Report on the Civil Veterinary Department, Eastern Bengal and Assam - 1907-1911
Year: 1907
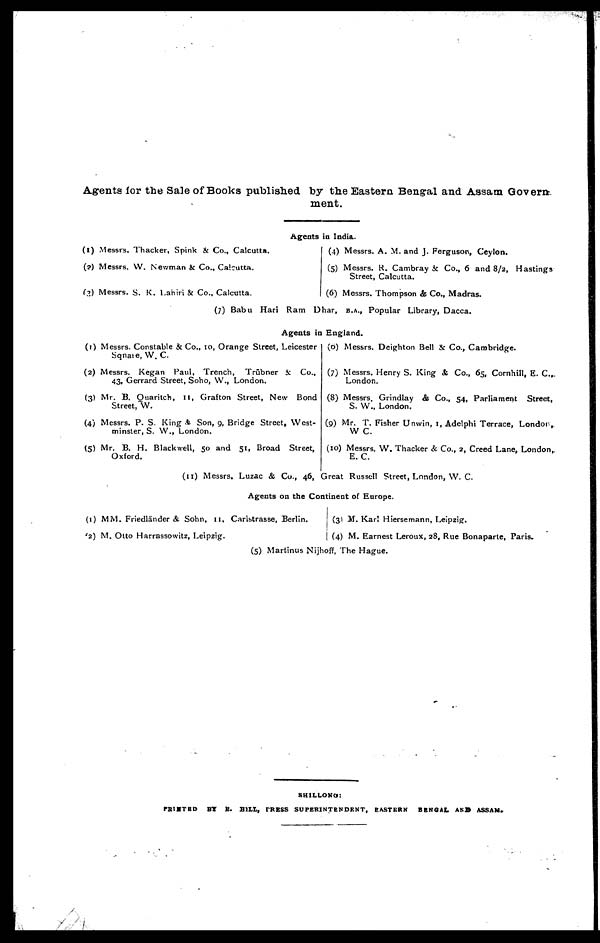
Agents for the Sale of Books published by the Eastern Bengal and Assam Govern
ment.
Agents in India.
(l) Messrs. Thacker, Spink & Co., Calcutta.
(2) Messrs. W. Newman & Co., Calcutta.
(3) Messrs. S. K. Lahiri & Co., Calcutta.
(4) Messrs. A. M. and J. Ferguson, Ceylon.
(5) Messrs. R. Cambray & Co., 6 and 8/2, Hastings
Street, Calcutta.
(6) Messrs. Thompson & Co., Madras.
(7) Babu Hari Ram Dhar, B.A., Popular Library, Dacca.
Agents in England.
Agents in England.
(1) Messrs. Constable & Co., 10, Orange Street, Leicester
Sqnare, W. C.
(2) Messrs. Kegan Paul, Trench, Trübner & Co.,
43. Gerrard Street, Soho, W., London.
(3) Mr. B. Quaritch, 11, Grafton Street, New Bond
Street, W.
(4) Messrs. P. S. King & Son, 9, Bridge Street, West-
minster, S. W., London.
(5) Mr. B. H. Blackwell, 50 and 51, Broad Street,
Oxford.
(6) Messrs. Deighton Bell & Co., Cambridge.
(7) Messrs. Henry S. King & Co., 65, Cornhill, E. C.,
London.
(8) Messrs. Grindlay & Co., 54, Parliament Street,
S. W., London.
(9) Mr. T. Fisher Unwin, 1, Adelphi Terrace, London,.
W C.
(10) Messrs. W. Thacker & Co., 2, Creed Lane, London,
E. C.
(11) Messrs. Luzac & Co., 46, Great Russell Street, London, W. C.
Agents on the Continent of Europe.
(1) MM. Friedländer & Sohn, 11, Carlstrasse, Berlin.
(2) M. Otto Harrassowitz, Leipzig.
(3) M. Karl Hiersemann, Leipzig.
(4) M. Earnest Leroux, 28, Rue Bonaparte, Paris-
(5) Martinus Nijhoff, The Hague.
SHILLONG:
PRINTED BY R. HILL, PRESS SUPERINTENDENT, EASTERN BENGAL AND ASSAM.